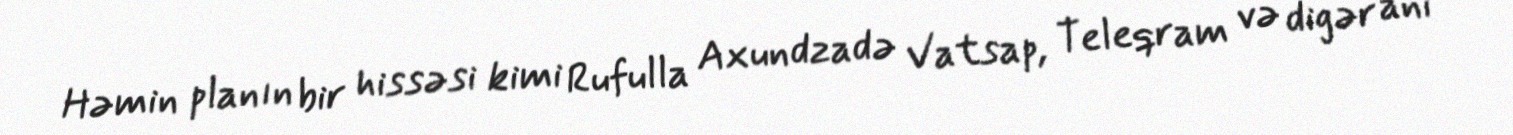
Həmin planın bir hissəsi kimi Rufulla Axundzadə Vatsap, Teleqram və digər ani